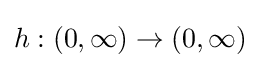
h:(0,\infty )\to (0,\infty )